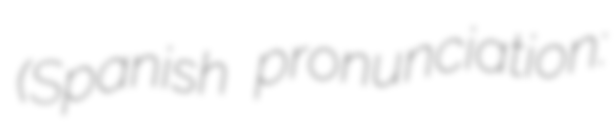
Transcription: (Spanish pronunciation: